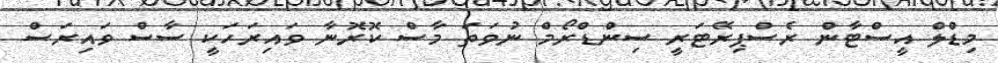
މިޑްލް އީސްޓާން ރެސްޕިރޭޓަރީ ސިންޑްރޯމް ނުވަތަ މާސް ކޮރޮނާ ވައިރަހަކީ ސާސް ވައިރަސް